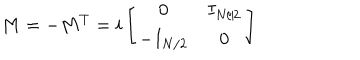
M = - M ^ { T } = i \left[ \begin{array} { c c } { { 0 } } & { { I _ { N / 2 } } } \\ { { - I _ { N / 2 } } } & { { 0 } } \\ \end{array} \right]